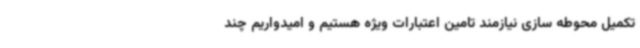
تکمیل محوطه سازی نیازمند تامین اعتبارات ویژه هستیم و امیدواریم چند